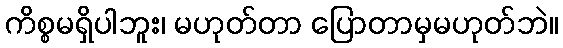
ကိစ္စမရှိပါဘူး၊ မဟုတ်တာ ပြောတာမှမဟုတ်ဘဲ။